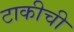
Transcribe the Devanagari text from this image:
टाकीची